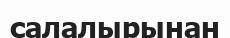
салалырынан